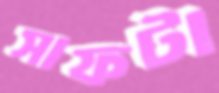
সাফটা